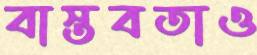
বাস্তবতাও